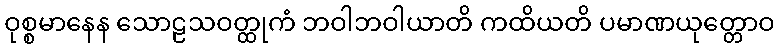
ဝုစ္စမာနေန သောဠသဝတ္ထုကံ ဘဝါဘဝါယာတိ ကထိယတိ ပမာဏယုတ္တောဝ